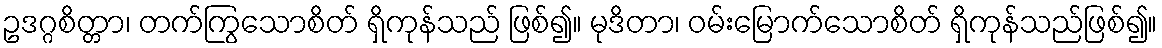
ဥဒဂ္ဂစိတ္တာ၊ တက်ကြွသောစိတ် ရှိကုန်သည် ဖြစ်၍။ မုဒိတာ၊ ဝမ်းမြောက်သောစိတ် ရှိကုန်သည်ဖြစ်၍။